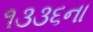
૧૩૩૬ના